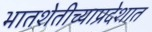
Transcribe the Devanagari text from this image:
भातशेतीच्याप्रदेशात